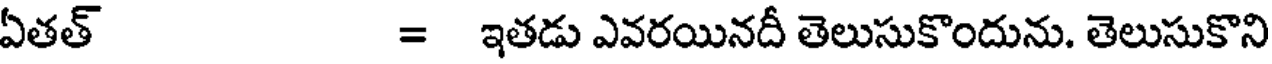
ఏతత్ = ఇతడు ఎవరయినదీ తెలుసుకొందును. తెలుసుకొని